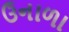
ઉનાળા